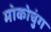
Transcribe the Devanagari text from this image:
मोकोचुंग